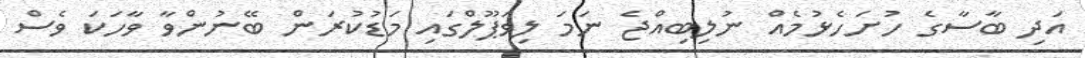
އަދި ބާސާގެ ހުށަހެޅުމެއް ނުލިބިއްޖެ ނަމަ ލިވަޕޫލްގައި މަޑުކުރަން ބޭނުންވާ ވާހަކަ ވެސް